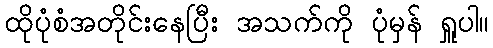
ထိုပုံစံအတိုင်းနေပြီး အသက်ကို ပုံမှန် ရှူပါ။